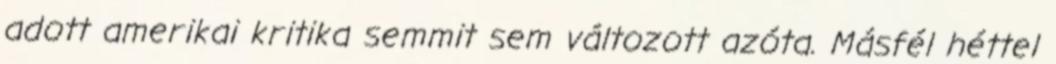
adott amerikai kritika semmit sem változott azóta. Másfél héttel